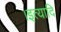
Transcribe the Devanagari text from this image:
।इत्यादि